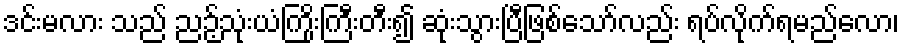
ဒင်းမလား သည် ညဉ့်သုံးယံကြိုးကြီးတီး၍ ဆုံးသွားပြီဖြစ်သော်လည်း ရပ်လိုက်ရမည်လော၊